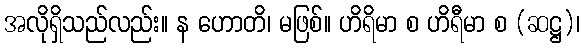
အလိုရှိသည်လည်း။ န ဟောတိ၊ မဖြစ်။ ဟိရိမာ စ ဟိရီမာ စ (ဆဋ္ဌ)၊